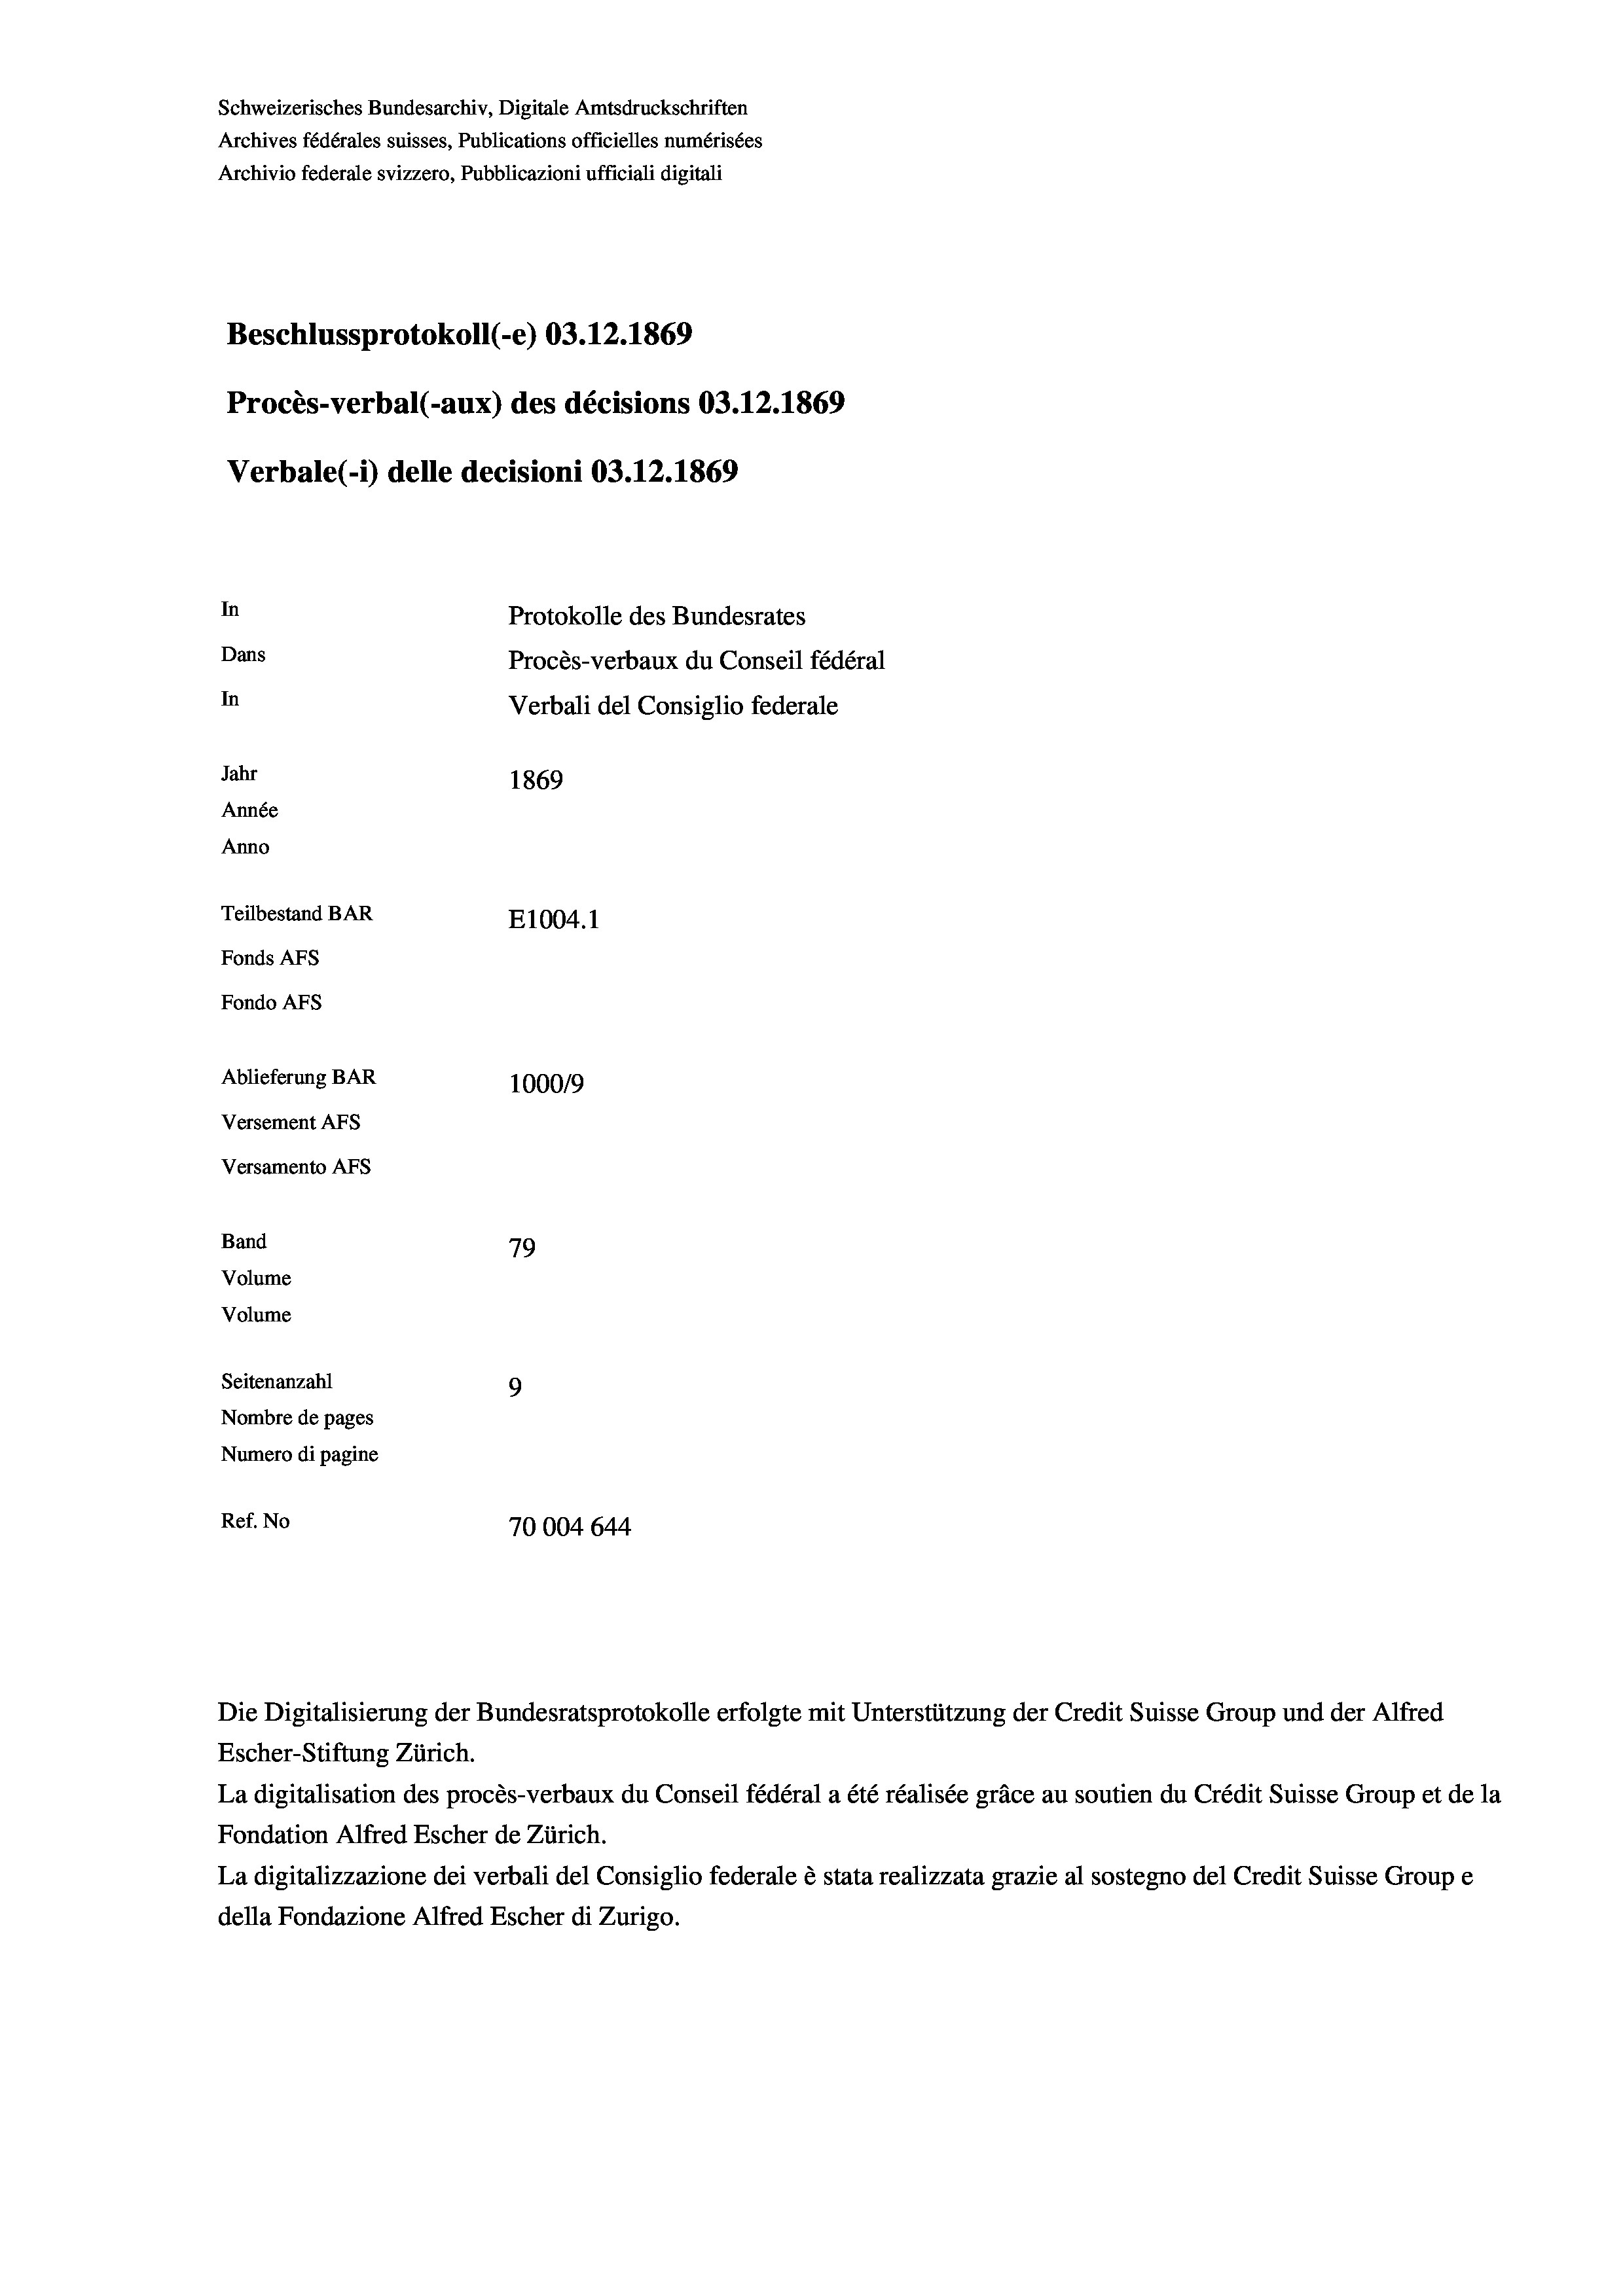
Schweizerisches Bundesarchiv, Digitale Amtsdruckschriften
Archives fédérales suisses, Publications officielles numérisées
Archivio federale svizzero, Pubblicazioni ufficiali digitali
Beschlussprotokoll (-e) 03.12.1869
Procès-verbal (-aux) des décisions 03.12.1869
Verbale (1) delle decisioni 03.12.1869
In
Protokolle des Bundesrates
Dans
Procès-verbaux du Conseil fédéral
In
Verbali del Consiglio federale
Jahr
1869
Année
Anno
Teilbestand BAR
E1004.1
Fonds AFs
Fondo Afs
Ablieferung BAR
1000/9
Versement AFS
Versamento Afs
Band
79
Volume
Volume
Seitenanzahl
9
Nombre de pages
Numero di pagine
Ref. No
70004 644

Escher-Stiftung Zürich.
La digitalisation des procès-verbaux du Conseil fédéral a été réalisée gräce au soutien du Crédit Suisse Group et de la
Fondation Alfred Escher de Zürich.
La digitalizzazione dei verbali del Consiglio federale è stata realizzata grazie al sostegno del Credit Suisse Groupe
della Fondazione Alfred Escher di Zurigo.

Die Digitalisierung der Bundesratsprotokolle erfolgte mit Unterstützung der Credit Suisse Group und der Alfred